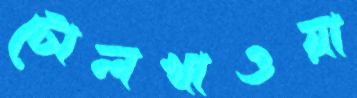
টোলখাওয়া